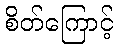
စိတ်ကြောင့်